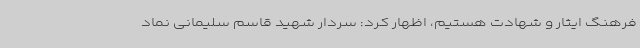
فرهنگ ایثار و شهادت هستیم، اظهار کرد: سردار شهید قاسم سلیمانی نماد